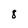
Character: 8